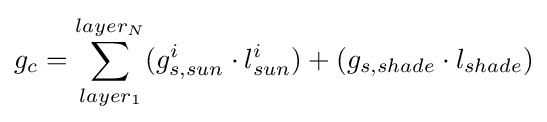
g_{c}=\sum _{layer_{1}}^{layer_{N}}(g_{s,sun}^{i}\cdot l_{sun}^{i})+(g_{s,shade}\cdot l_{shade})